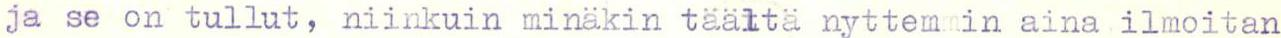
ja se on tullut, niinkuin minäkin täältä nyttemmin aina ilmoitan